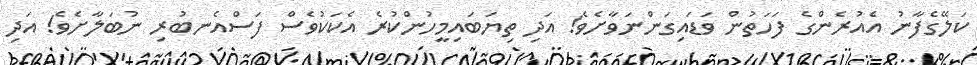
ކަލޭގެފާނު އެއުރެންގެ ފަހަތުން ވަޑައިގަންނަވާށެވެ! އަދި ތިޔަބައިމީހުންކުރެ އެކަކުވެސް ފަސްއެނބުރި ނުބަލާށެވެ! އަދި